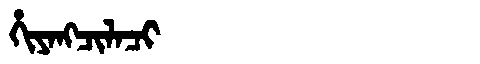
Manchu: ᡥᡳᠶᠠᠩᠴᡳᠯᠠᠴᡳ
Romanization: HIYANGCILACI